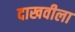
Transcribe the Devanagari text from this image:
दाखवीला